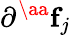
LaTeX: \partial^{\aa}\mathbf{f}_{j}